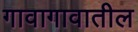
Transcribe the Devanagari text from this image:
गावागावातील